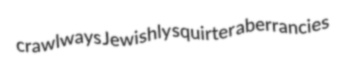
crawlways Jewishly squirter aberrancies